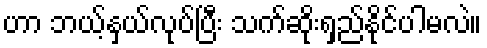
ဟာ ဘယ့်နှယ်လုပ်ပြီး သက်ဆိုးရှည်နိုင်ပါမလဲ။